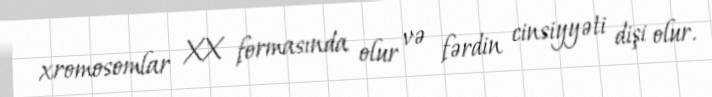
xromosomlar XX formasında olur və fərdin cinsiyyəti dişi olur.